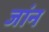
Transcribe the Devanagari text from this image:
जांन